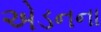
એડનના